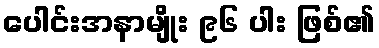
ပေါင်းအနာမျိုး ၉၆ ပါး ဖြစ်၏